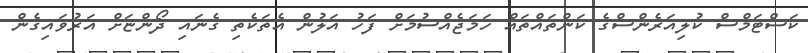
ކަސްޓަމްސް ކުލިއަރެންސްގެ ކަންތައްތައް ހަމަޖެއްސުމަށް ފަހު އަލުން އެތަކެތި ގެނައި ދޯންޏަށް އަރުވައިގެން